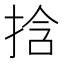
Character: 𫼹